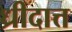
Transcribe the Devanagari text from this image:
ध्रीदात्त